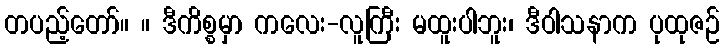
တပည့်တော်။ ။ ဒီကိစ္စမှာ ကလေး-လူကြီး မထူးပါဘူး၊ ဒီဝါသနာက ပုထုဇဉ်